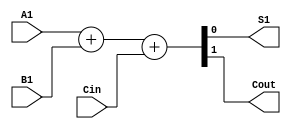

module add_1_bit (
  input A1, B1, Cin,
  output S1, Cout
);
  assign {Cout, S1} = A1 + B1 + Cin;
endmodule

module add_2_bits ( A, B, Cin, S, Cout );
  input [1:0] A;
  input [1:0] B;
  input Cin;
  output [1:0] S;
  output Cout;
  wire c1;
  add_1_bit _s1(A[0], B[0], Cin, S[0], c1);
  add_1_bit _s2(A[1], B[1], c1, S[1], Cout);
endmodule

module add_4_bits (Cin, A, B, S, Cout);
  input [4:0] A;
  input [4:0] B;
  input Cin;
  output [4:0] S;
  output Cout;
  wire c1;
  add_2_bits _s1(A[1:0], B[1:0], Cin, S[1:0], c1);
  add_2_bits _s2(A[3:2], B[3:2], c1, S[3:2], Cout);
endmodule

module subs_4_bits ( A, B, S, COUT );
  input [4:0]A; 
  input [4:0]B; 
  output [4:0]S;
  output COUT;

  add_4_bits _s1(1'b1, ~B, A, S, COUT);
endmodule

module eq_4_bits ( A, B, IS_EQ );
  input [4:0]A; 
  input [4:0]B; 
  output IS_EQ;

  assign IS_EQ = A == B;
endmodule


module comparator_4_bits ( PORTA, PORTB, EQUAL, LESS, HIGHER );
  input [4:0] PORTA;
  input [4:0] PORTB;
  output EQUAL;
  output LESS;
  output HIGHER;
  wire aux;
  wire [4:0] res_out_port;

  eq_4_bits _isEq(PORTA, PORTB, EQUAL);
  subs_4_bits _sub1(PORTA, PORTB, res_out_port, aux);
  
  assign LESS = aux & ~EQUAL;
  assign HIGHER = ~aux;
endmodule